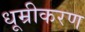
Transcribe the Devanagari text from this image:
धूम्रीकरण